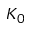
K _ { 0 }